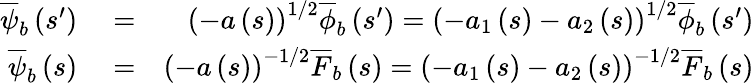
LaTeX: \begin{array}{rlr}{\overline{{\psi}}_{b}\left(s^{\prime}\right)}&{{}=}&{\left(-a\left(s\right)\right)^{1/2}\overline{{\phi}}_{b}\left(s^{\prime}\right)=\left(-a_{1}\left(s\right)-a_{2}\left(s\right)\right)^{1/2}\overline{{\phi}}_{b}\left(s^{\prime}\right)}\\ {\overline{{\psi}}_{b}\left(s\right)}&{{}=}&{\left(-a\left(s\right)\right)^{-1/2}\overline{{F}}_{b}\left(s\right)=\left(-a_{1}\left(s\right)-a_{2}\left(s\right)\right)^{-1/2}\overline{{F}}_{b}\left(s\right)}\end{array}